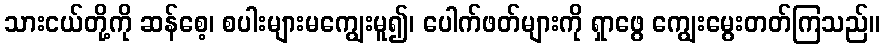
သားငယ်တို့ကို ဆန်စေ့၊ စပါးများမကျွေးမူ၍၊ ပေါက်ဖတ်များကို ရှာဖွေ ကျွေးမွေးတတ်ကြသည်။